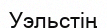
Уэльстің